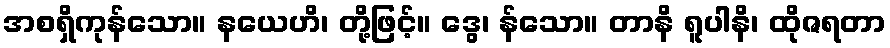
အစရှိကုန်သော။ နယေဟိ၊ တို့ဖြင့်။ ဒွေ၊ န်သော။ တာနိ ရူပါနိ၊ ထိုဇရတာ